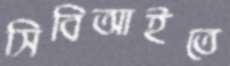
সিবিআইতে